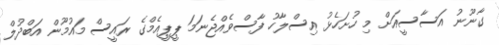
ގާނޫނު އަސާސީއަށް މި ހުށަހެޅު އިސްލާހު ފާސްވެއްޖެނަމަ ޕީޕީއެމްގެ ރައީސް މައުމޫން އަބްދުލް